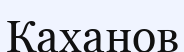
Каханов